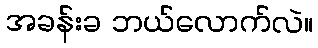
အခန်းခ ဘယ်လောက်လဲ။